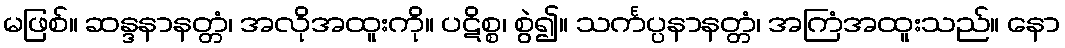
မဖြစ်။ ဆန္ဒနာနတ္တံ၊ အလိုအထူးကို။ ပဋိစ္စ၊ စွဲ၍။ သင်္ကပ္ပနာနတ္တံ၊ အကြံအထူးသည်။ နော